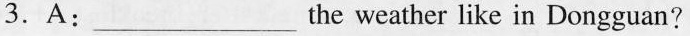
3.A:___the weather like in Dongguan?